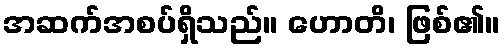
အဆက်အစပ်ရှိသည်။ ဟောတိ၊ ဖြစ်၏။